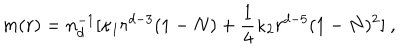
m ( r ) = n _ { d } ^ { - 1 } [ \kappa _ { 1 } r ^ { d - 3 } ( 1 - N ) + \frac 1 4 \kappa _ { 2 } r ^ { d - 5 } ( 1 - N ) ^ { 2 } ] \ ,